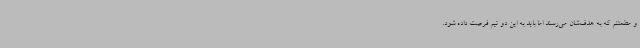
و مطمئنم که به هدف‌شان می‌رسند اما باید به این دو تیم فرصت داده شود.